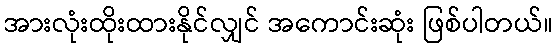
အားလုံးထိုးထားနိုင်လျှင် အကောင်းဆုံး ဖြစ်ပါတယ်။